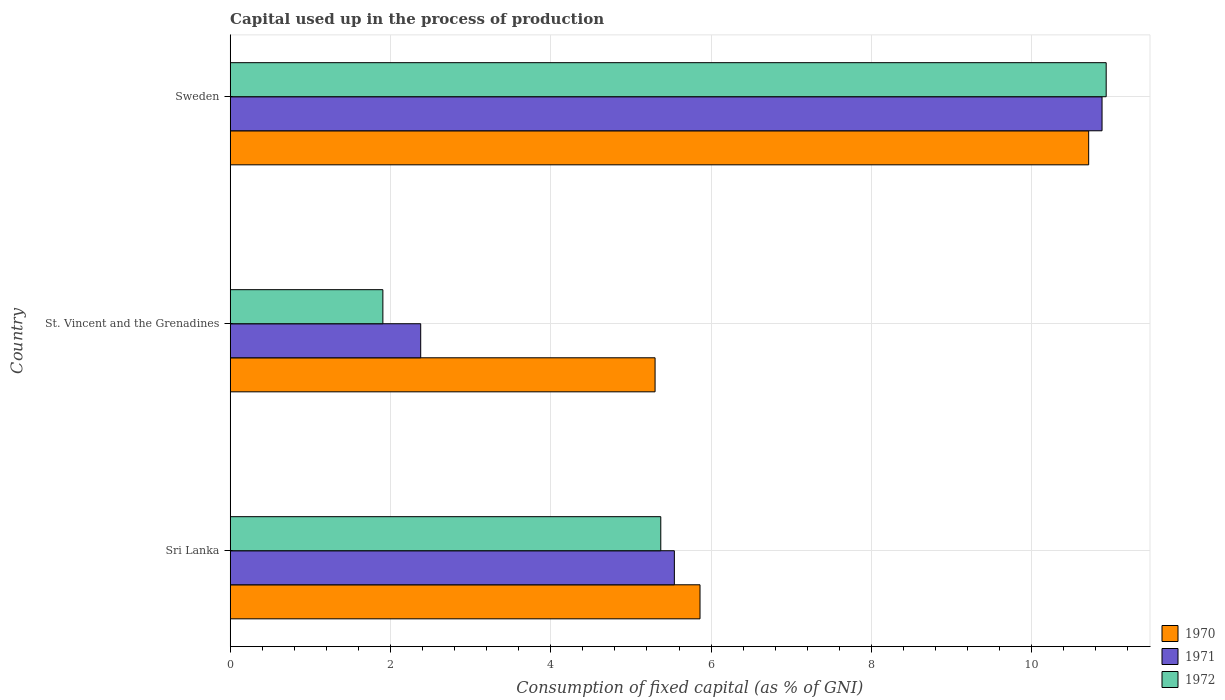
| Country | 1970 | 1971 | 1972 |
 | --- | --- | --- | --- |
 | Sri Lanka | 5.86 | 5.54 | 5.37 |
 | St. Vincent and the Grenadines | 5.3 | 2.38 | 1.9 |
 | Sweden | 10.7 | 10.9 | 10.9 |